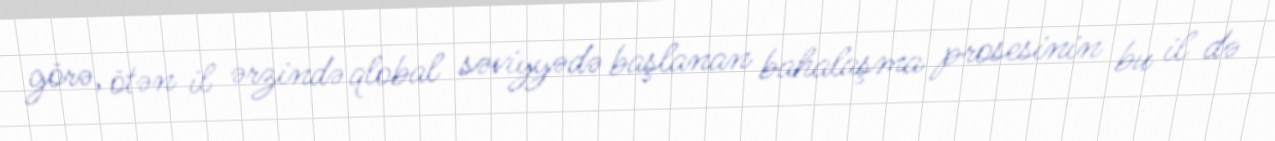
görə, ötən il ərzində qlobal səviyyədə başlanan bahalaşma prosesinin bu il də